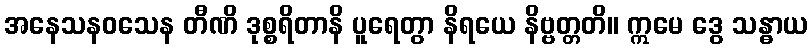
အနေသနဝသေန တီဏိ ဒုစ္စရိတာနိ ပူရေတွာ နိရယေ နိဗ္ဗတ္တတိ။ ဣမေ ဒွေ သန္ဓာယ